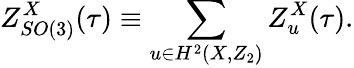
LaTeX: Z_{SO(3)}^{X}(\tau)\equiv\sum_{u\in H^{2}(X,Z_{2})}Z_{u}^{X}(\tau).